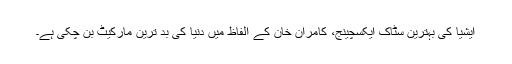
ایشیا کی بہترین سٹاک ایکسچینج، کامران خان کے الفاظ میں دنیا کی بد ترین مارکیٹ بن چکی ہے۔